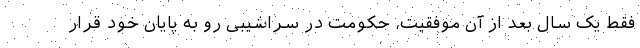
فقط یک سال بعد از آن موفقیت، حکومت در سراشیبی رو به پایان خود قرار